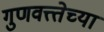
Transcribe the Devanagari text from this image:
गुणवत्त्तेच्या